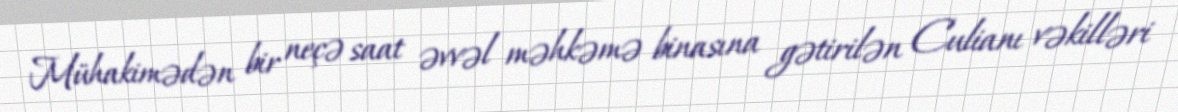
Mühakimədən bir neçə saat əvvəl məhkəmə binasına gətirilən Culianı vəkilləri